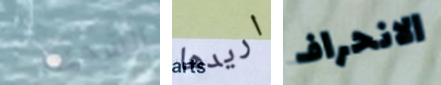
الشحنة اريدها الانحراف